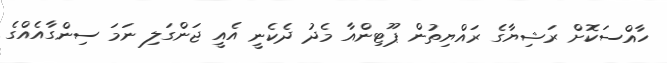
ހާއްސަކޮށް ރަޝިޔާގެ ރައްޔިތުން ޕޫޓިންއާ މެދު ދެކެނީ އެއީ ޖަންގަލި ނަމަ ސިންގާއެއްގެ